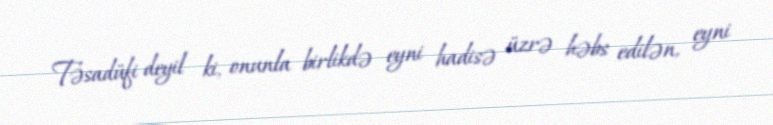
Təsadüfi deyil ki, onunla birlikdə eyni hadisə üzrə həbs edilən, eyni